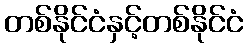
တစ်နိုင်ငံနှင့်တစ်နိုင်ငံ